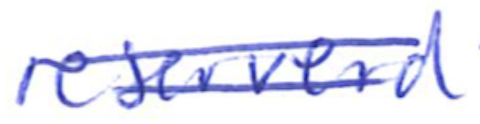
Text: reserved
Cross-out: mix
Writing tool: ballpoint